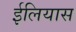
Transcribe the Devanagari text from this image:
ईलियास